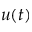
u ( t )